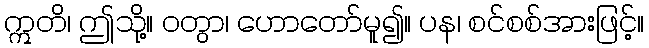
ဣတိ၊ ဤသို့။ ဝတွာ၊ ဟောတော်မူ၍။ ပန၊ စင်စစ်အားဖြင့်။